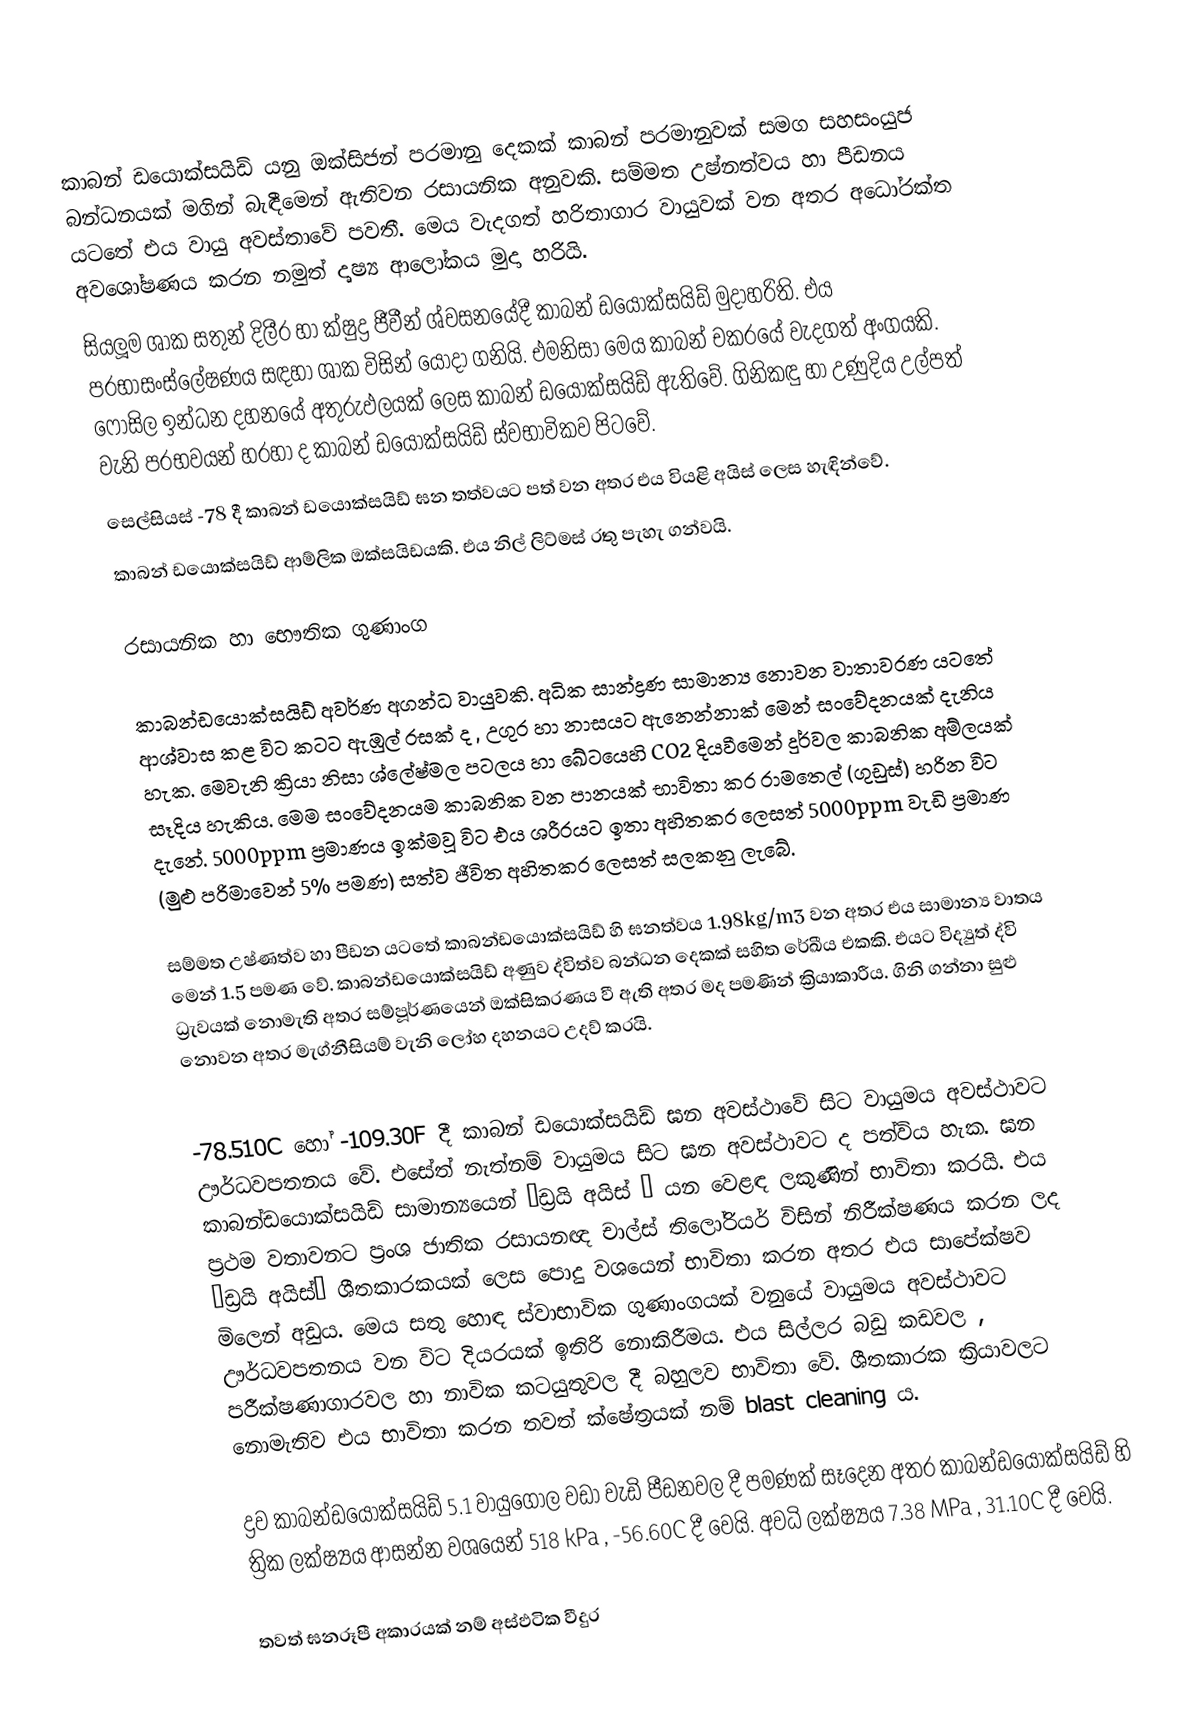
කාබන් ඩයොක්සයිඩ් යනු ඔක්සිජන් පරමානු දෙකක් කාබන් පරමානුවක් සමග සහසංයුජ බන්ධනයක් මගින් බැඳීමෙන් ඇතිවන රසායනික අනුවකි. සම්මත උෂ්නත්වය හා පීඩනය යටතේ එය වායු අවස්තාවේ පවතී. මෙය වැදගත් හරිතාගාර වායුවක් වන අතර අධෝරක්ත අවශෝෂණය කරන නමුත් දෘෂ්‍ය ආලෝකය මුදා හරියි.
සියලූම ශාක සතුන් දිලීර හා ක්ෂුද්‍ර ජීවීන් ශ්වසනයේදී කාබන් ඩයොක්සයිඩ් මුදාහරිති. එය ප‍්‍රභාසංස්ලේෂණය සඳහා ශාක විසින් යොදා ගනියි. එමනිසා මෙය කාබන් චක‍්‍රයේ වැදගත් අංගයකි. ෆොසිල ඉන්ධන දහනයේ අතුරුඵලයක් ලෙස කාබන් ඩයොක්සයිඩ් ඇතිවේ. ගිනිකඳු හා උණුදිය උල්පත් වැනි ප‍්‍රභවයන් හරහා ද කාබන් ඩයොක්සයිඩ් ස්වභාවිකව පිටවේ.
සෙල්සියස් -78 දී කාබන් ඩයොක්සයිඩ් ඝන තත්වයට පත් වන අතර එය වියළි අයිස් ලෙස හැඳින්වේ.
කාබන් ඩයොක්සයිඩ් ආම්ලික ඔක්සයිඩයකි. එය නිල් ලිට්මස් රතු පැහැ ගන්වයි.

රසායනික හා භෞතික ගුණාංග

කාබන්ඩයොක්සයිඩ් අවර්ණ අගන්ධ වායුවකි. අධික සාන්ද්‍රණ සාමාන්‍ය නොවන වාතාවරණ යටතේ ආශ්වාස කළ විට කටට ඇඹුල් රසක් ද , උගුර හා නාසයට ඇනෙන්නාක් මෙන් සංවේදනයක් දැනිය  හැක. මෙවැනි ක්‍රියා නිසා ශ්ලේෂ්මල පටලය හා ඛේටයෙහි CO2 දියවීමෙන්  දුර්වල කාබනික අම්ල‍යක් සෑදිය හැකිය. මෙම සංවේදනයම කාබනික වන පානයක් භාවිතා කර රාමතෙල් (ගුඩුස්) හරින විට දැනේ.  5000ppm  ප්‍රමාණය ඉක්මවූ විට එය ශරීරයට ඉතා අහිතකර ලෙසත් 5000ppm වැඩි ප්‍රමාණ (මුළු පරිමාවෙන් 5%  පමණ) සත්ව ජීවිත අහිතකර ලෙසත් සලකනු ලැබේ.

සම්මත උෂ්ණත්ව හා පීඩන යටතේ කාබන්ඩයොක්සයිඩ් හි ඝනත්වය 1.98kg/m3 වන අතර එය සාමාන්‍ය වාතය මෙන් 1.5 පමණ වේ. කාබන්ඩයොක්සයිඩ් අණුව ද්විත්ව බන්ධන දෙකක් සහිත රේඛීය එකකි. එයට විද්‍යුත් ද්වි ධ්‍රැවයක්  නොමැති අතර සම්පූර්ණයෙන් ඔක්සිකරණය වී ඇති අතර මද පමණින් ක්‍රියාකාරීය. ගිනි ගන්නා සුළු නොවන අතර මැග්නීසියම් වැනි ලෝහ දහනයට උදව් කරයි.

-78.510C  හෝ -109.30F  දී කාබන් ඩයොක්සයිඩ් ඝන අවස්ථාවේ සිට වායුමය අවස්ථාවට ඌර්ධවපතනය වේ. එසේත් නැත්නම් වායුමය සිට ඝන අවස්ථාවට ද පත්විය හැක. ඝන කාබන්ඩයොක්සයිඩ් සාමාන්‍යයෙන් ‘ඩ්‍රයි අයිස් ’ යන  වෙළඳ ලකුණින් භාවිතා කරයි. එය ප්‍රථම වතාවනට ප්‍රංශ ජාතික රසායනඥ චාල්ස් තිලෝරියර් විසින් නිරීක්ෂණය කරන ලද “ඩ්‍රයි අයිස්” ශීතකාරකයක් ලෙස පොදු වශයෙන් භාවිතා කරන අතර එය සාපේක්ෂව මිලෙන් අඩුය. මෙය සතු හොඳ ස්වාභාවික ගුණාංගයක් වනුයේ වායුමය අවස්ථාවට ඌර්ධවපතනය වන විට දියරයක් ඉතිරි නොකිරීමය. එය සිල්ලර බඩු කඩවල , පරීක්ෂණාගාරවල හා නාවික කටයුතුවල දී බහුලව භාවිතා වේ. ශීතකාරක ක්‍රියාවලට නොමැතිව එය භාවිතා කරන තවත් ක්ෂේත්‍රයක් නම් blast cleaning ය‍.

ද්‍රව කාබන්ඩයොක්සයිඩ් 5.1 වායුගෝල වඩා වැඩි පීඩනවල දී පමණක් සෑදෙන අතර කාබන්ඩයොක්සයිඩ් හි ත්‍රික ලක්ෂ්‍යය ආසන්න ව‍ශයෙන් 518 kPa , -56.60C  දී වෙයි. අවධි ලක්ෂ්‍යය 7.38 MPa  , 31.10C  දී වෙයි.

තවත් ඝනරූපී අකාරයක් නම් අස්ඵ‍ටික වීදුර